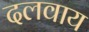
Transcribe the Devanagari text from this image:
दलवाय